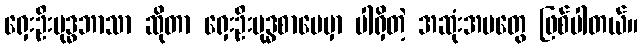
ရှေးဦးဗုဒ္ဓဘာသာ ဆိုတာ ရှေးဦးဗုဒ္ဓစာပေမှာ ပါရှိတဲ့ အဆုံးအမတွေ ဖြစ်ပါတယ်။